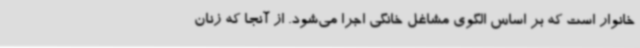
خانوار است که بر اساس الگوی مشاغل خانگی اجرا می‌شود. از آنجا که زنان